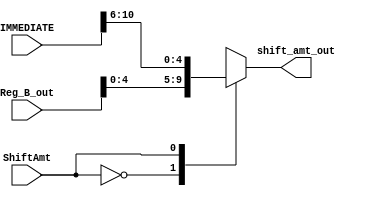
module shift_amt (
	input wire[31:0] Reg_B_out,
	input wire[15:0] IMMEDIATE,
	input wire ShiftAmt,
	output reg[4:0] shift_amt_out
);
parameter S0 = 0, S1 = 1;
always @(*) begin
	case(ShiftAmt)
		S0:
			shift_amt_out <= Reg_B_out[4:0];
		S1:
			shift_amt_out <= IMMEDIATE[10:6];
	endcase
end

endmodule